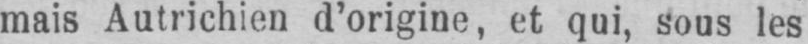
mais Autrichien d’origine, et qui, sous les